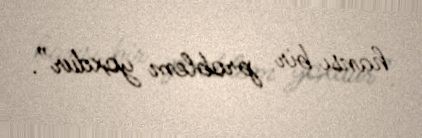
hansı bir problem yoxdur”.